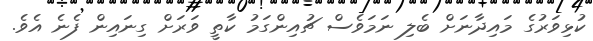
ކުޅިވަރުގެ މައިދާނަށް ބެލި ނަމަވެސް ޗުއިންގަމު ކާތީ ވަރަށް ގިނައިން ފެނެ އެވެ.